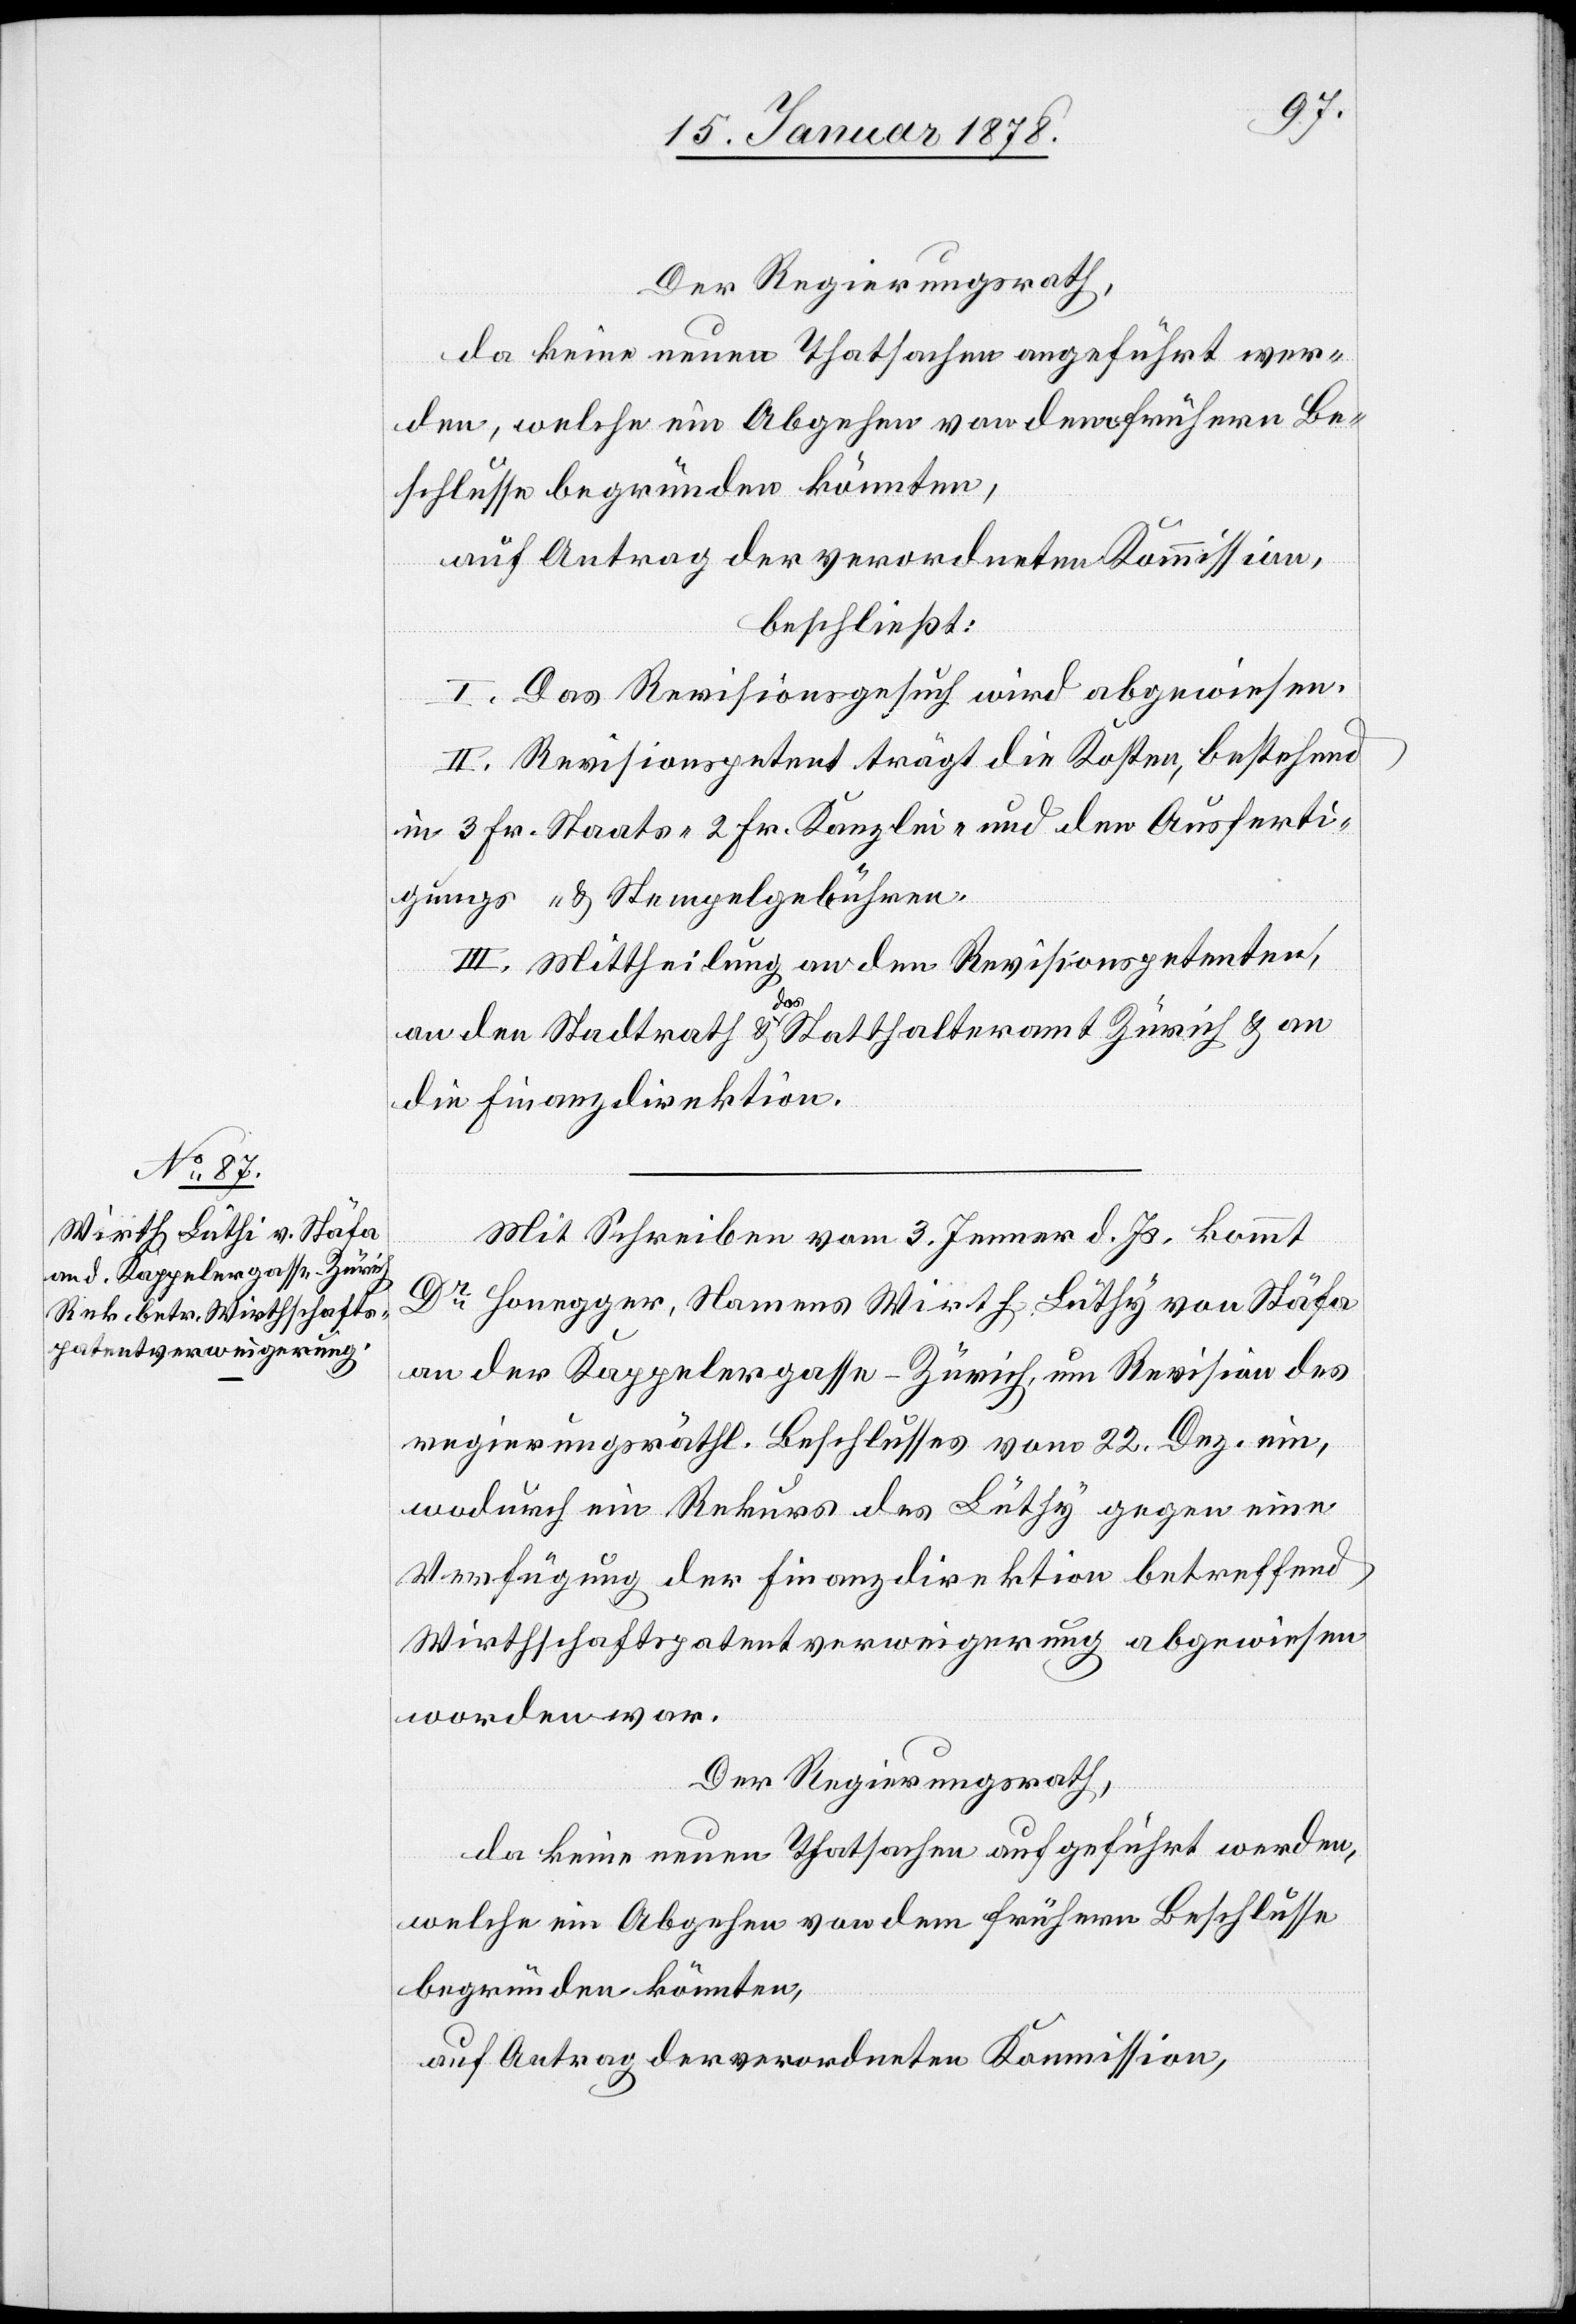
Der Regierungsrath,
da keine neue Thatsachen angeführt wer¬
den, welche ein Abgehen vor dem frühern Be¬
schlusse begründen könnten,
auf Antrag der verordneten Kommission,
beschließt:
I. Das Revisionsgesuch wird abgewiesen.
II. Revisionspetent trägt die Kosten, bestehend
in 3 Fr. Staats-[,] 2 Fr. Kanzlei- und den Ausferti¬
gungs- & Stempelgebühren.
III. Mittheilung an den Revisionspetenten,
an den Stadtrath & das Statthalteramt Züric & an
die Finanzdirektion.
Mit Schreiben vom 3. Jenner d. Js. kommt
Dr. Honegger, Namens Wirth Lüthy [sic!] von Stäfa
an der Kappelergasse-Zürich, um Revision des
regierungsräthl. Beschlusses vom 22. Dez. ein,
wodurch ein Rekurs des Lüthy gegen eine
Verfügung der Finanzdirektion betreffend
Wirthschaftspatentverweigerung abgewiesen
worden war.
Der Regierungsrath,
da keine neuen Thatsachen aufgeführt werden,
welche ein Abgehen von dem frühern Beschlusse
begründen könnten,
auf Antrag der verordneten Kommission,